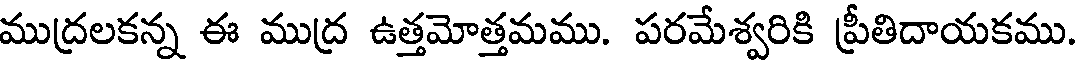
ముద్రలకన్న ఈ ముద్ర ఉత్తమోత్తమము. పరమేశ్వరికి ప్రీతిదాయకము.